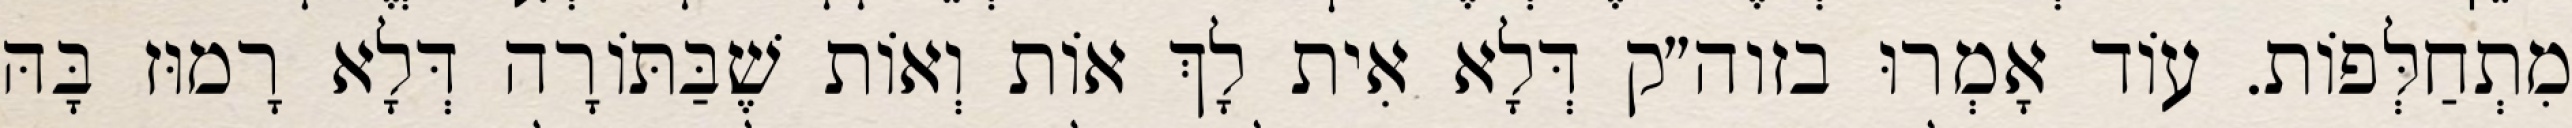
מִתְחַלְּפוֹת. עוֹד אָמְרוּ בזוה״ק דְּלָא אִית לָךְ אוֹת וְאוֹת שֶׁבַּתּוֹרָה דְּלָא רָמוּז בָּהּ